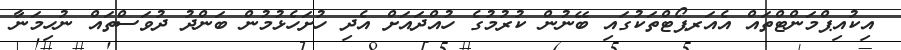
އިކުއިޕްމަންޓްތައް އެއަރޕޯޓްތަކުގައި ބޭނުން ކުރުމުގެ ހުއްދައަށް އެދި ހުށަހެޅުމުން ބަންދު ދުވަސްތައް ނުހިމަނާ